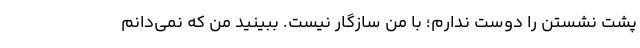
پشت نشستن را دوست ندارم؛ با من سازگار نیست. ببینید من که نمی‌دانم